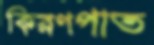
কিরণপাত